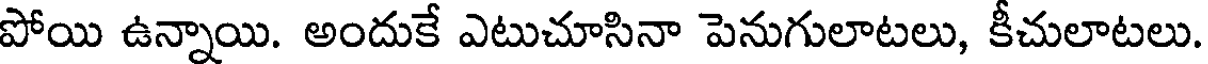
పోయి ఉన్నాయి. అందుకే ఎటుచూసినా పెనుగులాటలు, కీచులాటలు